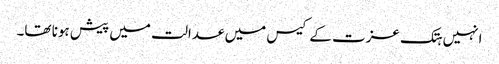
انہیں ہتک عزت کے کیس میں عدالت میں پیش ہونا تھا۔